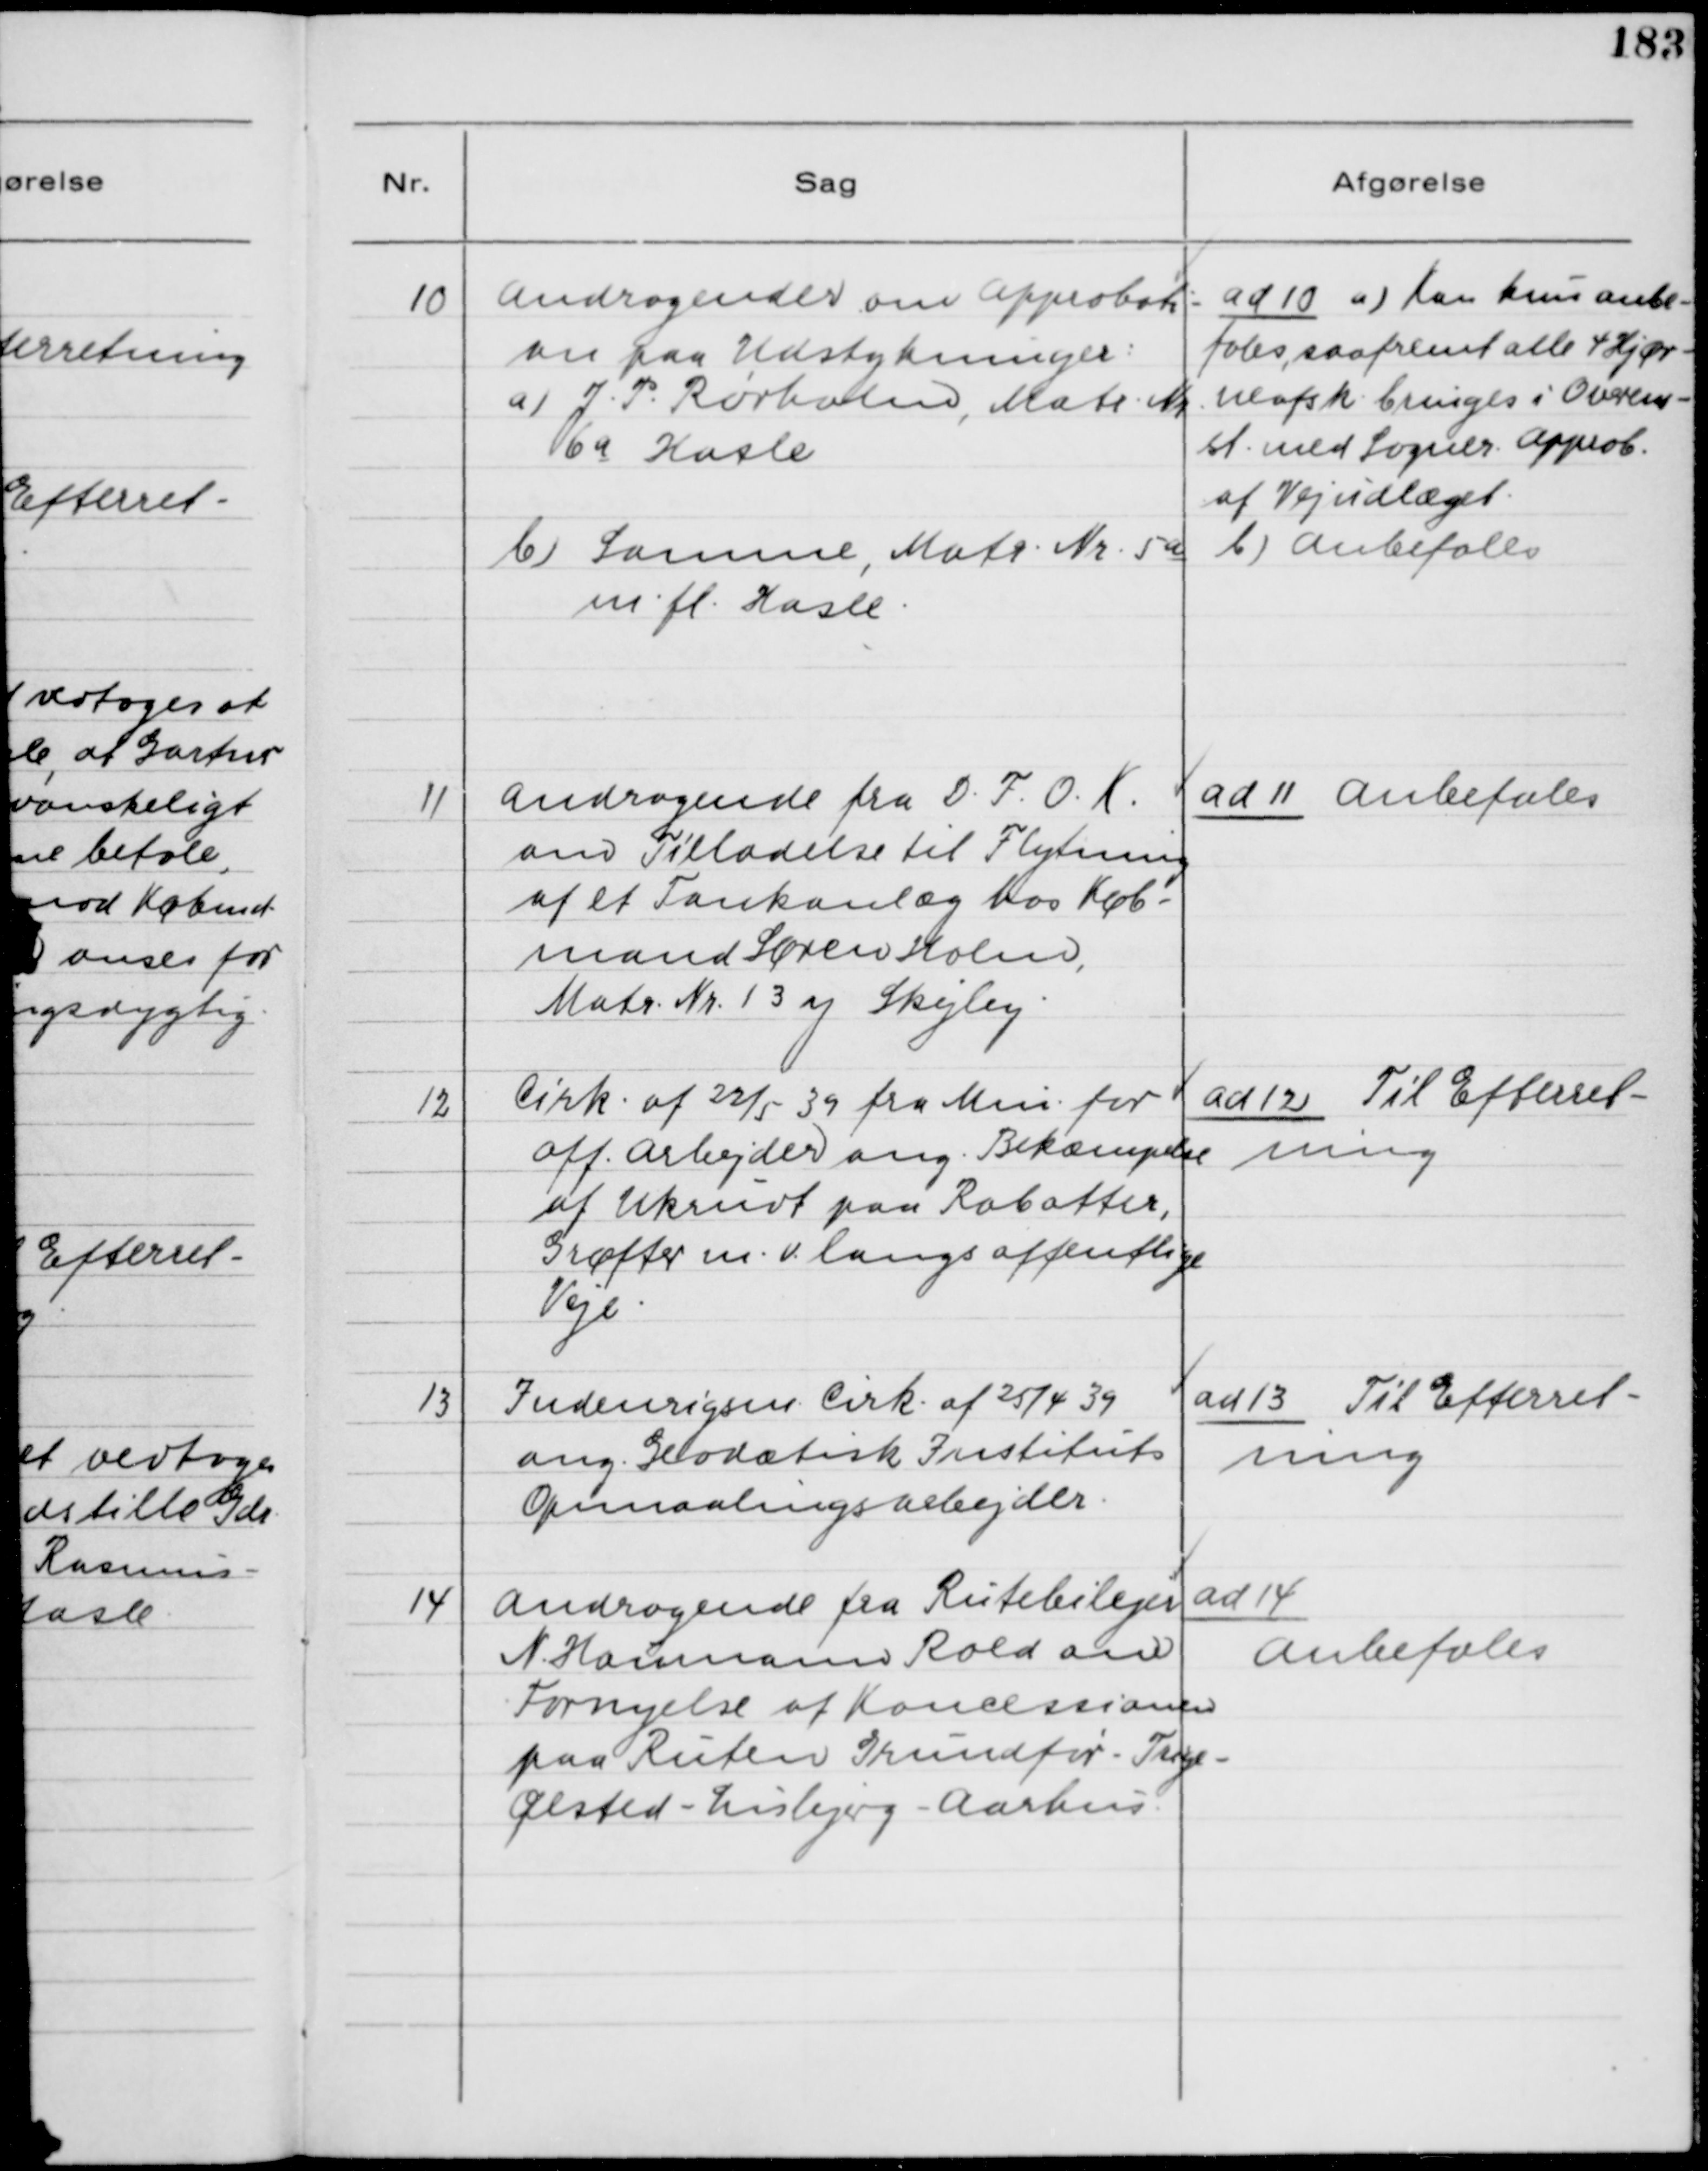
Transskription:
10

Andragender om Approbati-
on paa Udstykninger:
a) J. P. Rørholm, Matr. Nr.
6a Hasle
b) Samme, Matr. Nr. 5a
m.fl. Hasle.

ad 10. a) Kan kun anbe-
fales, saafremt alle 4 Hjør-
neafsk. bringes i Overens-
st. med Sogner. Approb.
af Vejudlægget.
b) Anbefales

11

Andragende fra D.F.O.K.
om Tilladelse til Flytning
af et Tankanlæg hos Køb-
mand Søren Holm,
Matr. Nr. 1 3 y Skejby.

ad 11. Anbefales

12

Cirk. af 22/5 39 fra Min. for
off. Arbejder ang. Bekæmpelse
af Ukrudt paa Rabatter,
Grøfter m.v. langs offentlige
Veje.

ad 12. Til Efterret-
ning

13

Indenrigsm. Cirk. af 25/4 39
ang. Geodætisk Instituts
Opmaalingsarbejder.

ad 13. TilEfterret-
ning

14

Andragende fra Rutebilejer
N. Haumann Rold om
Fornyelse af Koncessionen
paa Ruten Grundfør - Terp -
Ølsted - Lisbjerg - Aarhus.

ad 14.
Anbefales